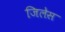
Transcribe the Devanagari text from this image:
जिलेस